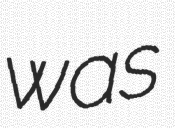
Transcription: was